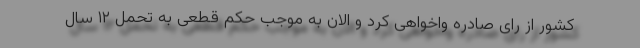
کشور از رای صادره واخواهی کرد و الان به موجب حکم قطعی به تحمل ۱۲ سال